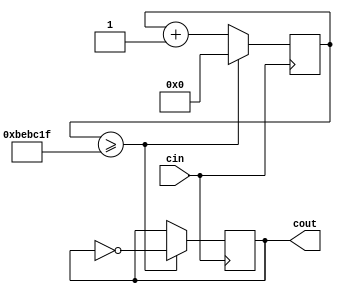
// creates a 1 second clock, cout
module ClockDivider(cin,cout);

	input cin;
	 output reg cout;
	 reg[31:0] count; 
	 parameter D = 32'd12500000;
	 always @(posedge cin)
	 begin
		 count <= count + 32'd1;
		 if (count >= (D-1)) begin
			 cout <= ~cout;
			 count <= 32'd0;
		 end
	end

endmodule